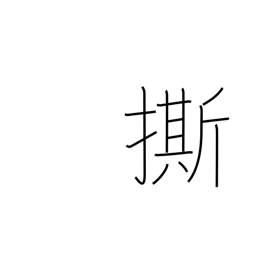
Meaning: warn against